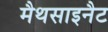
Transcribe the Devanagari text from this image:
मैथसाइनैट